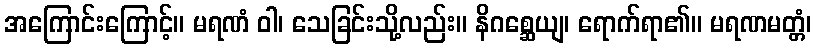
အကြောင်းကြောင့်။ မရဏံ ဝါ၊ သေခြင်းသို့လည်း။ နိဂစ္ဆေယျ၊ ရောက်ရာ၏။ မရဏမတ္တံ၊